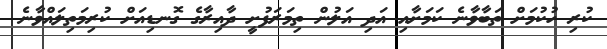
ކުރި ހުކުމަށް ތަބާވާނެ ކަމަށާއި އަދި އަލުން ތިމަރަފުށީ ދާއިރާގެ ގޮނޑިއަށް ކުރިމަތިލައްވާނެ